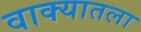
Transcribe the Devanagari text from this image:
वाक्यातला